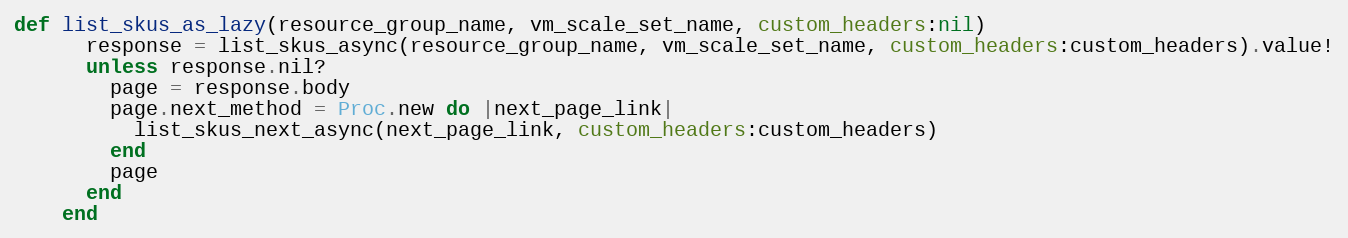
Language: Ruby
def list_skus_as_lazy(resource_group_name, vm_scale_set_name, custom_headers:nil)
      response = list_skus_async(resource_group_name, vm_scale_set_name, custom_headers:custom_headers).value!
      unless response.nil?
        page = response.body
        page.next_method = Proc.new do |next_page_link|
          list_skus_next_async(next_page_link, custom_headers:custom_headers)
        end
        page
      end
    end